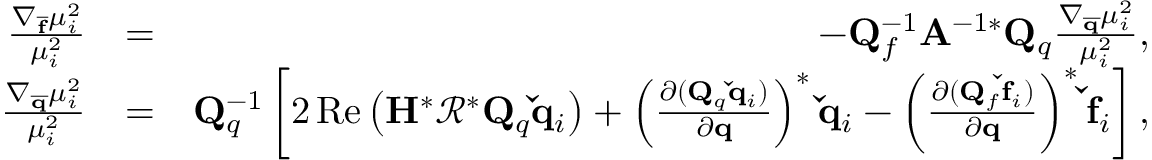
\begin{array} { r l r } { \frac { \nabla _ { \mathbf { \overline { { f } } } } \mu _ { i } ^ { 2 } } { \mu _ { i } ^ { 2 } } } & { = } & { - \mathbf { Q } _ { f } ^ { - 1 } \mathbf { A } ^ { - 1 * } \mathbf { Q } _ { q } \frac { \nabla _ { \mathbf { \overline { { q } } } } \mu _ { i } ^ { 2 } } { \mu _ { i } ^ { 2 } } , } \\ { \frac { \nabla _ { \mathbf { \overline { { q } } } } \mu _ { i } ^ { 2 } } { \mu _ { i } ^ { 2 } } } & { = } & { \mathbf { Q } _ { q } ^ { - 1 } \left[ 2 \operatorname { R e } \left( \mathbf { H } ^ { * } \mathbf { \mathcal { R } } ^ { * } \mathbf { Q } _ { q } \mathbf { \check { q } } _ { i } \right) + \left( \frac { \partial ( \mathbf { Q } _ { q } \mathbf { \check { q } } _ { i } ) } { \partial \mathbf { q } } \right) ^ { * } \mathbf { \check { q } } _ { i } - \left( \frac { \partial ( \mathbf { Q } _ { f } \mathbf { \check { f } } _ { i } ) } { \partial \mathbf { q } } \right) ^ { * } \mathbf { \check { f } } _ { i } \right] , } \end{array}